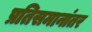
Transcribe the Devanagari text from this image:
प्रतिसमानांतर